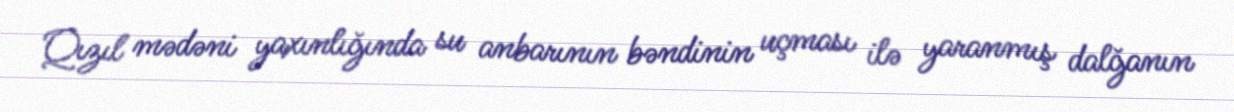
Qızıl mədəni yaxınlığında su anbarının bəndinin uçması ilə yaranmış dalğanın